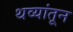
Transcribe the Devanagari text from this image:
थव्यांतून